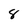
Character: 8